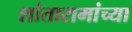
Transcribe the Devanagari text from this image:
शांतारामांच्या